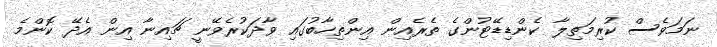
ނަމަވެސް ކުރިމަތިލާ ކެންޑިޑޭޓުންގެ ތެރެއިން އިންތިހާބުގައި ވާދަކުރެވޭނީ ޗައިިނާ އިން އެދޭ ކޮންމެ